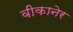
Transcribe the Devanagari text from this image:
वीकानेर